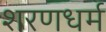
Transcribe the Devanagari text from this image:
शरणधर्म